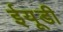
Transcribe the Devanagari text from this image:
ईयूडी